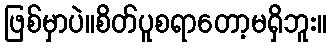
ဖြစ်မှာပဲ။စိတ်ပူစရာတော့မရှိဘူး။